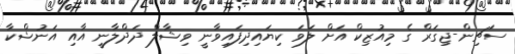
ސަޗިން-ޖިގަރް ގެ މިއުޒިކް އަށް ލަވަ ކިޔައިދިފައިވާނީ ވިޝާލް ދަދްލާނީ އާއި އަނުޝްކާ